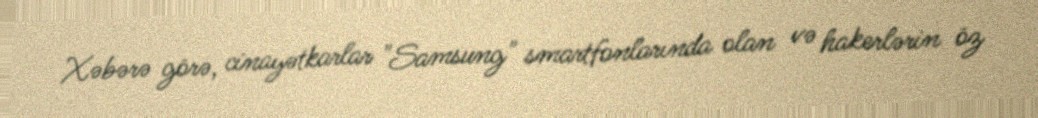
Xəbərə görə, cinayətkarlar "Samsung" smartfonlarında olan və hakerlərin öz